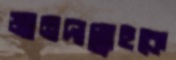
জানদাল্লাহকে